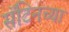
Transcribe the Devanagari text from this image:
सॅटिनच्या